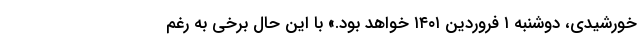
خورشیدی، دوشنبه ۱ فروردین ۱۴۰۱ خواهد بود.» با این حال برخی به رغم